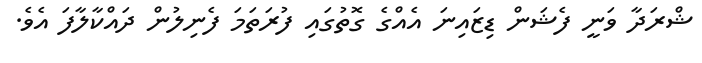
ޝްރަދާ ވަނީ ފެޝަން ޑިޒައިނަ އެއްގެ ގޮތުގައި ފުރަތަމަ ފެނިލުން ދައްކާލާފަ އެވެ.